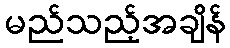
မည်သည့်အချိန်